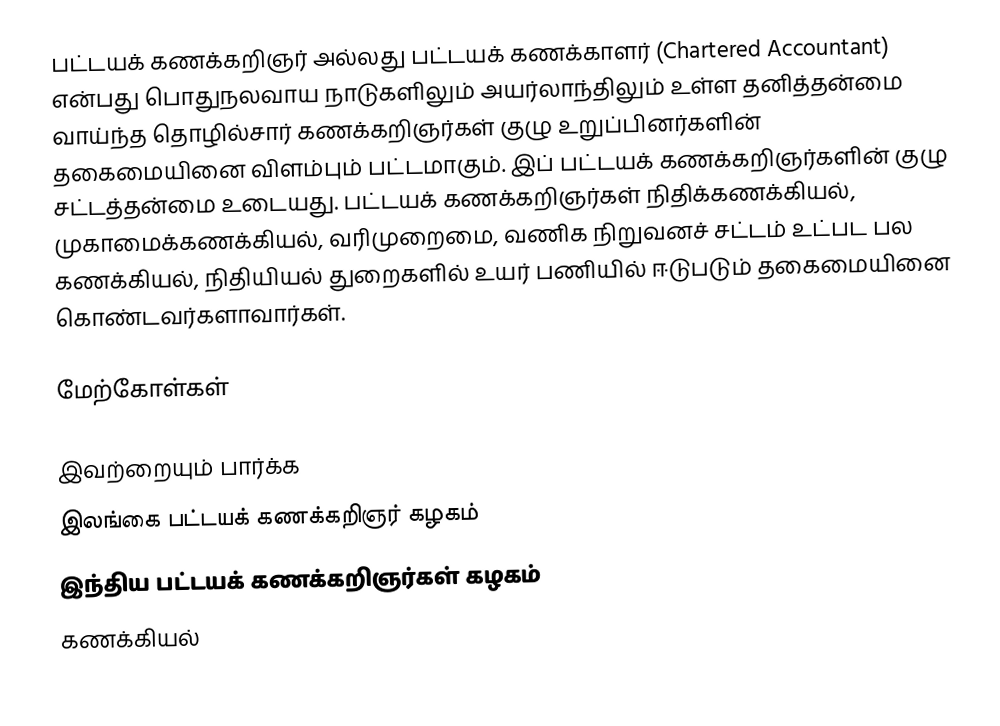
பட்டயக் கணக்கறிஞர் அல்லது பட்டயக் கணக்காளர் (Chartered Accountant) என்பது பொதுநலவாய நாடுகளிலும் அயர்லாந்திலும் உள்ள தனித்தன்மை வாய்ந்த தொழில்சார் கணக்கறிஞர்கள் குழு உறுப்பினர்களின் தகைமையினை விளம்பும் பட்டமாகும். இப் பட்டயக் கணக்கறிஞர்களின் குழு சட்டத்தன்மை உடையது. பட்டயக் கணக்கறிஞர்கள் நிதிக்கணக்கியல், முகாமைக்கணக்கியல், வரிமுறைமை, வணிக நிறுவனச் சட்டம் உட்பட பல கணக்கியல், நிதியியல் துறைகளில் உயர் பணியில் ஈடுபடும் தகைமையினை கொண்டவர்களாவார்கள்.

மேற்கோள்கள்

இவற்றையும் பார்க்க
இலங்கை பட்டயக் கணக்கறிஞர் கழகம்
இந்திய பட்டயக் கணக்கறிஞர்கள் கழகம்
கணக்கியல்